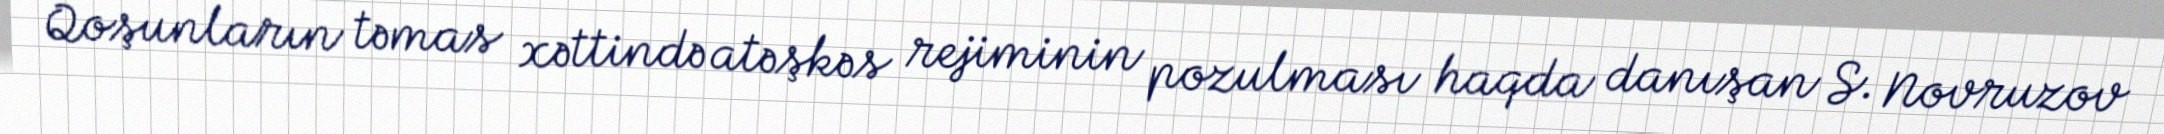
Qoşunların təmas xəttində atəşkəs rejiminin pozulması haqda danışan S. Novruzov